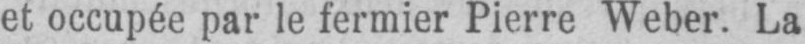
et occupée par le fermier Pierre Weber. La